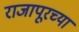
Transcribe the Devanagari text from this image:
राजापूरच्या